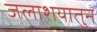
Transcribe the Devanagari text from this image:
जलाशयातुन